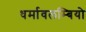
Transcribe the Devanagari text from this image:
धर्मावलम्बियो